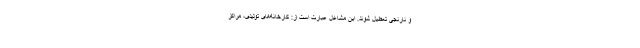
و نارنجی تعطیل شوند. این مشاغل عبارت است از: کارخانه‌های تولیدی، مراکز